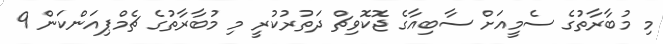
މި މުބާރާތުގެ ސެމީއަށް ސާބިއާގެ ޖޮކޮވިޗް ދަތުުރުކުރީ މި މުބާރާތުގެ ޗެމްޕިއަންކަން 9